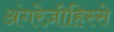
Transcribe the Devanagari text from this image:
अंगरेज़ीहिस्से